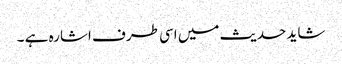
شاید حدیث میں اسی طرف اشارہ ہے ۔